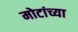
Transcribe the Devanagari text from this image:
मोटांच्या